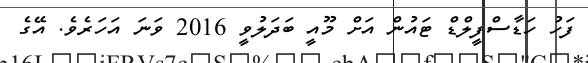
ފަހު ހަޑާސްފީލްޑް ޓައުން އަށް މޫއީ ބަދަލުވީ 2016 ވަނަ އަހަރެވެ. އޭގެ